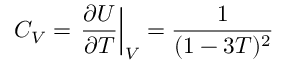
C _ { V } = \left. \frac { \partial U } { \partial T } \right| _ { V } = \frac { 1 } { ( 1 - 3 T ) ^ { 2 } }